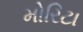
મોરિટા